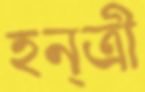
হন্ত্রী